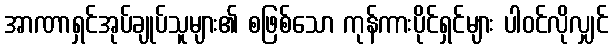
အာဏာရှင်အုပ်ချုပ်သူများ၏ စဖြစ်သော ကုန်ကားပိုင်ရှင်များ ပါဝင်လိုလျှင်